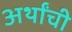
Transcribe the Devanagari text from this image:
अर्थांची